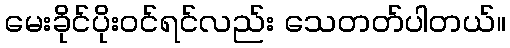
မေးခိုင်ပိုးဝင်ရင်လည်း သေတတ်ပါတယ်။